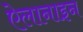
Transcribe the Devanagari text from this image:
ऐलानाइन